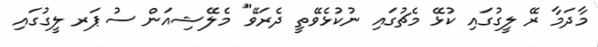
މާދަމާ ރޭ ލީގުގައި ކުޅޭ މެޗުގައި ނުކުޅެވޭތީ ދެރަވޭ" މެލޭޝިއަން ސުޕަރ ލީގުގައި